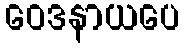
ဝေဒနာယပေ